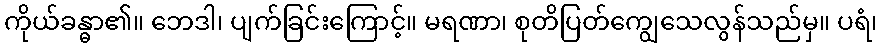
ကိုယ်ခန္ဓာ၏။ ဘေဒါ၊ ပျက်ခြင်းကြောင့်။ မရဏာ၊ စုတိပြတ်ကျွေသေလွန်သည်မှ။ ပရံ၊